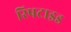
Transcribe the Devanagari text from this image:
रिपटाइड